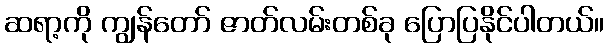
ဆရာ့ကို ကျွန်တော် ဇာတ်လမ်းတစ်ခု ပြောပြနိုင်ပါတယ်။